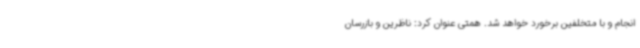
انجام و با متخلفین برخورد خواهد شد. همتی عنوان کرد: ناظرین و بازرسان